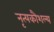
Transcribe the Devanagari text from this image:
नृत्यकौशल्य